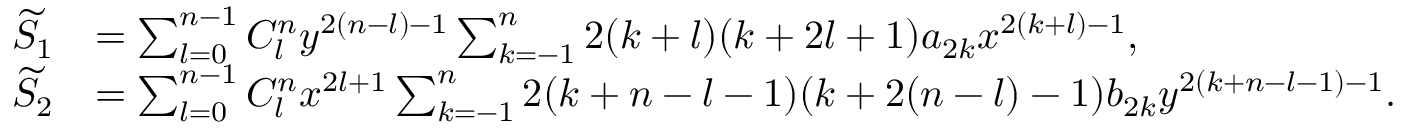
\begin{array} { r l } { \widetilde { S } _ { 1 } } & { = \sum _ { l = 0 } ^ { n - 1 } C _ { l } ^ { n } y ^ { 2 ( n - l ) - 1 } \sum _ { k = - 1 } ^ { n } 2 ( k + l ) ( k + 2 l + 1 ) a _ { 2 k } x ^ { 2 ( k + l ) - 1 } , } \\ { \widetilde { S } _ { 2 } } & { = \sum _ { l = 0 } ^ { n - 1 } C _ { l } ^ { n } x ^ { 2 l + 1 } \sum _ { k = - 1 } ^ { n } 2 ( k + n - l - 1 ) ( k + 2 ( n - l ) - 1 ) b _ { 2 k } y ^ { 2 ( k + n - l - 1 ) - 1 } . } \end{array}